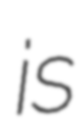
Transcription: is